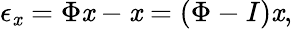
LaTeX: \epsilon_{\mathit{x}}=\Phi\mathit{x}-\mathit{x}=(\Phi-I)\mathit{x},